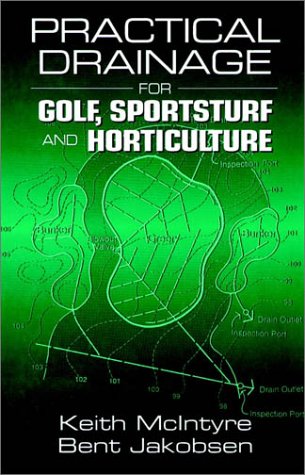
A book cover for Practical Drainage for Golf, Sportsturf and Horticulture; Keith McIntyre; Crafts, Hobbies & Home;